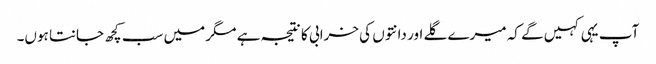
آپ یہی کہیں گے کہ میرے گلے اور دانتوں کی خرابی کا نتیجہ ہے مگر میں سب کچھ جانتا ہوں۔